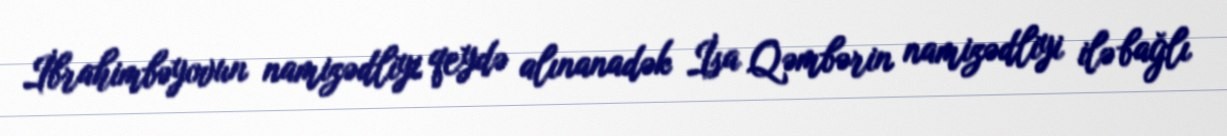
İbrahimbəyovun namizədliyi qeydə alınanadək İsa Qəmbərin namizədliyi ilə bağlı